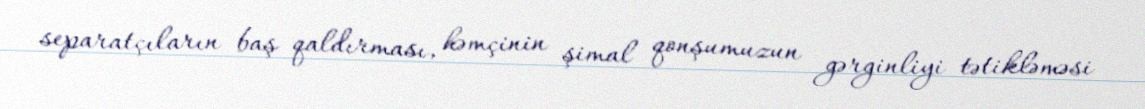
separatçıların baş qaldırması, həmçinin şimal qonşumuzun gərginliyi tətikləməsi